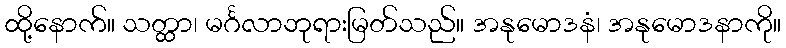
ထို့နောက်။ သတ္ထာ၊ မင်္ဂလာဘုရားမြတ်သည်။ အနုမောဒနံ၊ အနုမောဒနာကို။